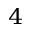
^ 4